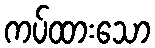
ကပ်ထားသော